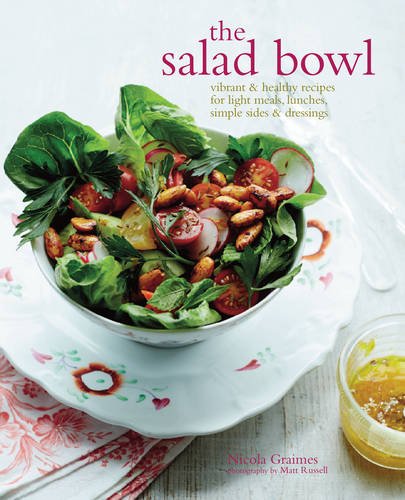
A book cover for The Salad Bowl: Vibrant and Healthy Recipes for Main Courses, Simple Sides and Dressings; Nicola Graimes; Cookbooks, Food & Wine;